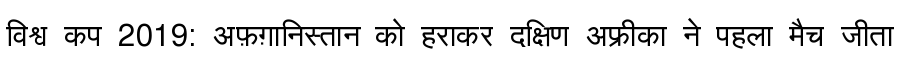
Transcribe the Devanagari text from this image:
विश्व कप 2019: अफ़ग़ानिस्तान को हराकर दक्षिण अफ्रीका ने पहला मैच जीता